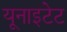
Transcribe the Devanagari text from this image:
यूनाइटेट